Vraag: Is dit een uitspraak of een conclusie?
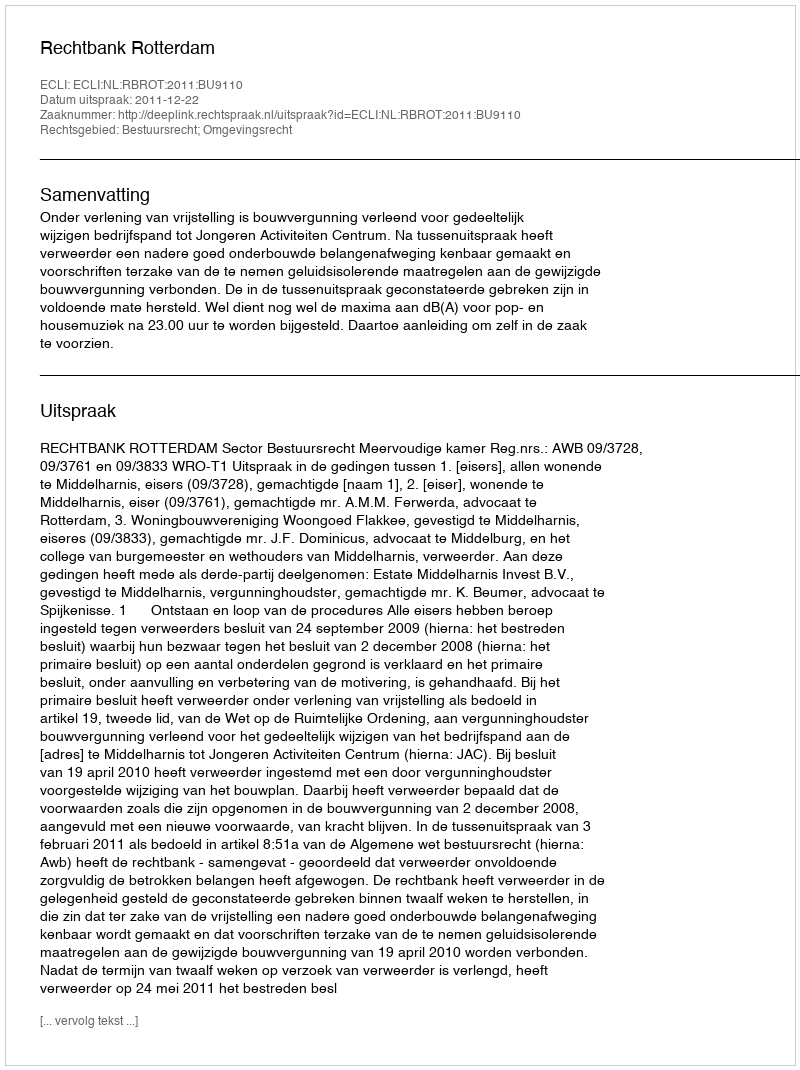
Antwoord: Uitspraak